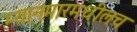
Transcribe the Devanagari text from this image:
म्यानमारमधीलच